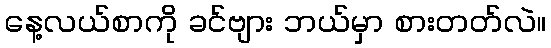
နေ့လယ်စာကို ခင်ဗျား ဘယ်မှာ စားတတ်လဲ။